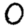
Digit: 0